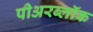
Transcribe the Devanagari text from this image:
पीअरब्लॉक